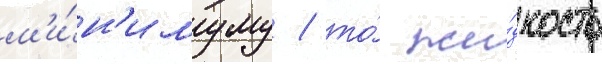
м'и́н'имуму / то́ жи́дкость